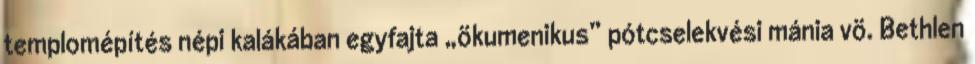
templomépítés népi kalákában egyfajta „ökumenikus” pótcselekvési mánia vö. Bethlen